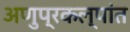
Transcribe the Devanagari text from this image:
अणुप्रकल्पांत